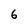
Character: 6